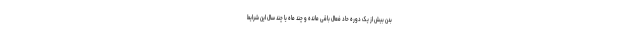
بدن بیش از یک دوره حاد فعال باقی مانده و چند ماه یا چند سال این شرایط